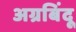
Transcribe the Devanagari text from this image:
अग्रबिंदू